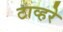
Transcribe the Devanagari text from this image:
टाव्हरे